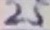
Text: 25